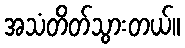
အသံတိတ်သွားတယ်။